Document type: Sale
Year: 1439
Scribe: Arnau d'Illes
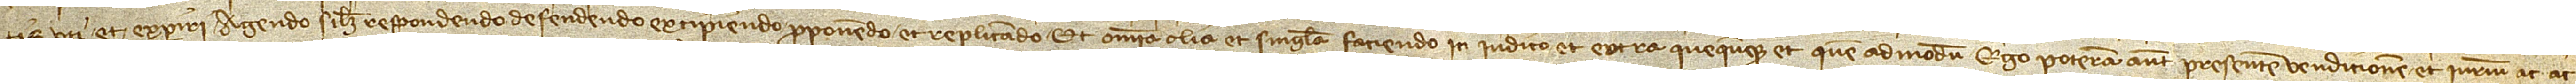
tis uti et experiri, agendo scilicet, respondendo, defendendo, excipiendo, proponendo et replicando, et omnia et singula faciendo, in iudicio et extra, quecumque et quemadmodum, ego poteram ante presentem vendicionem et iurium ac ac-